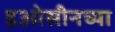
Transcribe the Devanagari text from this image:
इओसीनच्या